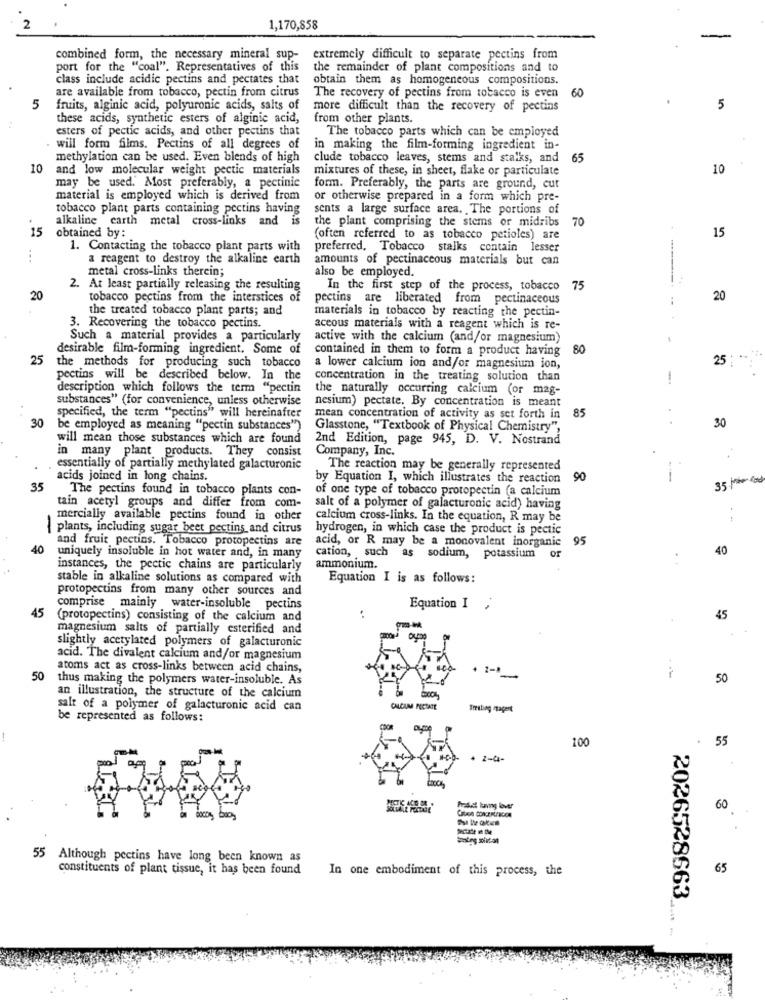
2
1,170,858
combined form, the necessary mineral sup-
extremely difficult to separate pectins from
port for the "coal". Representatives of this
the remainder of plant compositions and to
class include acidic pectins and pectates that
obtain them as homogeneous compositions.
are available from tobacco, pectin from citrus
The recovery of pectins from tobacco is even
60
5
fruits, alginic acid, polyuronic acids, salts of
more difficult than the recovery of pectins
5
these acids, synthetic esters of alginic acid,
from other plants.
esters of pectic acids, and other pectins that
The tobacco parts which can be employed
will form films. Pectins of all degrees of
in making the film-forming ingredient in-
methylation can be used. Even blends of high
clude tobacco leaves, stems and stalks, and
65
10
and low molecular weight pectic materials
mixtures of these, in sheet, flake or particulate
10
may be used. Most preferably, a pectinic
form. Preferably, the parts are ground, cut
material is employed which is derived from
or otherwise prepared in a form which pre-
tobacco plant parts containing pectins having
sents a large surface area. The portions of
alkaline earth metal cross-links and is
15
the plant comprising the stems or midribs
70
obtained by:
(often referred to as tobacco petioles) are
15
1. Contacting the tobacco plant parts with
preferred, Tobacco stalks contain lesser
...
a reagent to destroy the alkaline earth
amounts of pectinaceous materials but can
metal cross-links therein;
also be employed.
2. At least partially releasing the resulting
In the first step of the process, tobacco
75
20
tobacco pectins from the interstices of
pectins are liberated from pectinaceous
20
the treated tobacco plant parts; and
materials in tobacco by reacting the pectin-
3. Recovering the tobacco pectins.
aceous materials with a reagent which is re-
Such a material provides a particularly
active with the calcium (and/or magnesium)
desirable film-forming ingredient. Some of
contained in them to form a product having
80
25
25 :
the methods for producing such tobacco
a lower calcium ion and/or magnesium ion,
pectins will be described below. In the
concentration in the treating solution than
1
description which follows the term "pectin
the naturally occurring calcium (or mag-
substances" (for convenience, unless otherwise
nesium) pectate. By concentration is meant
30
specified, the term "pectins" will hereinafter
mean concentration of activity as set forth in
85
be employed as meaning "pectin substances")
Glasstone, "Textbook of Physical Chemistry",
30
will mean those substances which are found
2nd Edition, page 945, D. V. Nostrand
in many plant products. They consist
Company, Inc.
essentially of partially methylated galacturonic
The reaction may be generally represented
acids joined in long chains.
by Equation I, which illustrates the reaction
90
35
The pectins found in tobacco plants con-
of one type of tobacco protopectin (a calcium
tain acetyl groups and differ from com-
salt of a polymer of galacturonic acid) having
mercially available pectins found in other
calcium cross-links. In the equation, R may be
plants, including sugar beet pectins and citrus
hydrogen, in which case the product is pectic
and fruit pectins. Tobacco protopectins are
acid, or R may be a monovalent inorganic 95
40
of
40
uniquely insoluble in hot water and, in many
cation, such as sodium, potassium
instances, the pectic chains are particularly
ammonium.
stable in alkaline solutions as compared with
Equation I is as follows:
protopectins from many other sources and
45
comprise mainly water-insoluble pectins
Equation I
(protopectins) consisting of the calcium and
45
magnesium salts of partially esterified and
slightly acetylated polymers of galacturonic
our
acid. The divalent calcium and/or magnesium
atoms act as cross-links between acid chains,
4 2 -.
50
thus making the polymers water-insoluble. As
50
an illustration, the structure of the calcium
salt of a polymer of galacturonic acid can
CALCAMA PECTATE
Treating etagent
be represented as follows:
100
. 55
+ 2-4-
60
55 Although pectins have long been known as
constituents of plant tissue, it has been found
In one embodiment of this process, the
65
2026528663